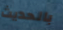
بالحديث